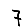
Digit: 7